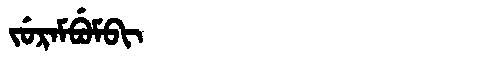
Manchu: ᠵᡠᡵᠠᠮᠪᡠᠮᠪᡳ
Romanization: JURAMBUMBI